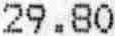
29.80